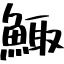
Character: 鯫